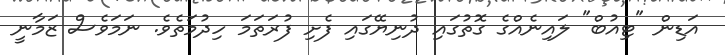
އަޑިން "ޓިއުބް" ލައިނެއްގެ ގޮތުގައި ދުނިޔޭގައި ފެށި ފުރަތަމަ ހިދުމަތެވެ. ނަމަވެސް ޒަމާނީ